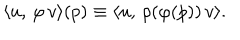
\langle u , \, \varphi \, v \rangle ( p ) \equiv \langle u , \, \rho ( \varphi ( p ) ) \, v \rangle .